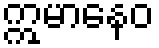
ဣမာနေဝ